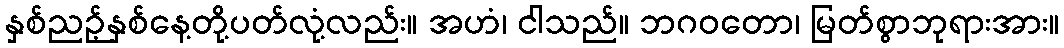
နှစ်ညဉ့်နှစ်နေ့တို့ပတ်လုံ့လည်း။ အဟံ၊ ငါသည်။ ဘဂဝတော၊ မြတ်စွာဘုရားအား။